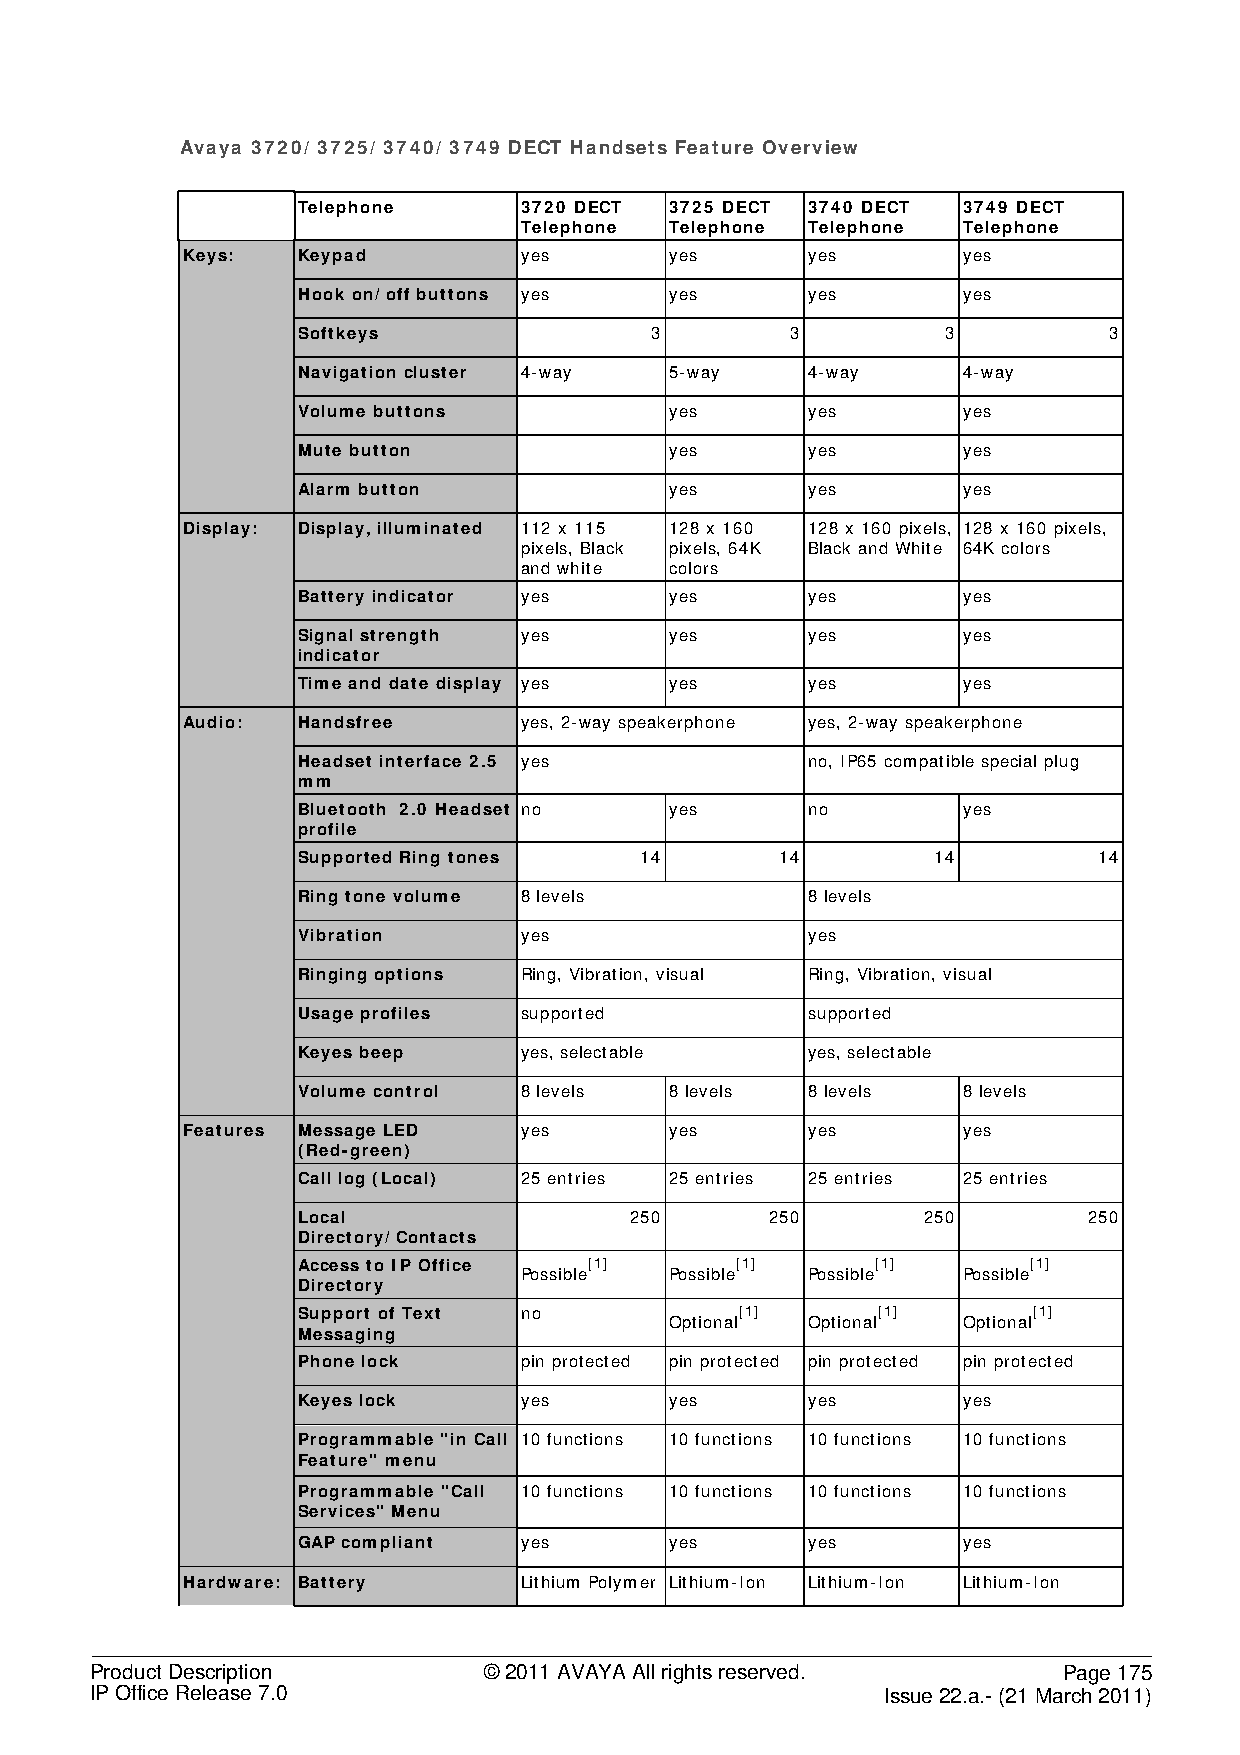
Avaya 3720/ 3725/ 3740/ 3749 DECT Handsets Feature Overview
 Telephone     3720 DECT 3725 DECT 3740 DECT 3749 DECT
 Telephone Telephone Telephone Telephone
 Keys:   Keypad        yes       yes       yes       yes
 Hook on/ off buttons yes yes      yes       yes
 Softkeys               3        3          3         3
 Navigation cluster 4-way 5-way    4-way     4-way
 Volume buttons          yes       yes       yes
 Mute button             yes       yes       yes
 Alarm button            yes       yes       yes
 Display: Display, illuminated 112 x 115 128 x 160 128 x 160 pixels, 128 x 160 pixels,
 pixels, Black pixels, 64K Black and White 64K colors
 and white colors
 Battery indicator yes   yes       yes       yes
 Signal strength yes     yes       yes       yes
 indicator
 Time and date display yes yes     yes       yes
 Audio:  Handsfree     yes, 2-way speakerphone yes, 2-way speakerphone
 Headset interface 2.5 yes         no, IP65 compatible special plug
 mm
 Bluetooth 2.0 Headset no yes      no        yes
 profile
 Supported Ring tones  14        14        14         14
 Ring tone volume 8 levels         8 levels
 Vibration     yes                 yes
 Ringing options Ring, Vibration, visual Ring, Vibration, visual
 Usage profiles supported          supported
 Keyes beep    yes, selectable     yes, selectable
 Volume control 8 levels 8 levels  8 levels  8 levels
 Features Message LED  yes       yes       yes       yes
 (Red-green)
 Call log (Local) 25 entries 25 entries 25 entries 25 entries
 Local                 250      250       250        250
 Directory/ Contacts
 Access to IP Office [1]      [1]      [1]       [1]
 Possible  Possible  Possible  Possible
 Directory
 Support of Text no           [1]      [1]       [1]
 Optional  Optional  Optional
 Messaging
 Phone lock    pin protected pin protected pin protected pin protected
 Keyes lock    yes       yes       yes       yes
 Programmable "in Call 10 functions 10 functions 10 functions 10 functions
 Feature" menu
 Programmable "Call 10 functions 10 functions 10 functions 10 functions
 Services" Menu
 GAP compliant yes       yes       yes       yes
 Hardware: Battery     Lithium Polymer Lithium-Ion Lithium-Ion Lithium-Ion
 Product Description       © 2011 AVAYA All rights reserved.     Page 175
 IP Office Release 7.0                                Issue 22.a.- (21 March 2011)